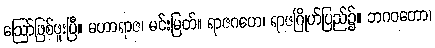
ဩော်ဖြစ်ဖူးပြီ။ မဟာရာဇ၊ မင်းမြတ်။ ရာဇဂဟေ၊ ရာဇဂြိုဟ်ပြည်၌။ ဘဂဝတော၊